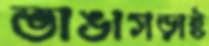
ভাঙাগড়াই